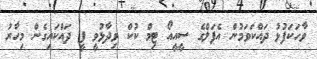
ވާހަކަފުޅު ދައްކަވަމުން އެޕަލްގެ ސީއީއޯ ޓިމް ކުކް ވިދާޅުވީ ފީ ދައްކައިގެން މިހާރު